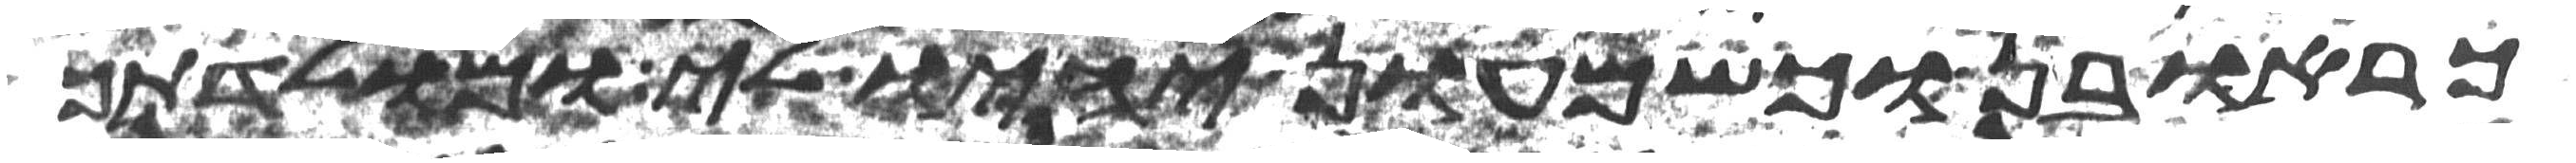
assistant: כראובן וכשמעון יהיו לי ומולדתך